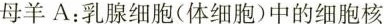
母羊A：乳腺细胞(体细胞)中的细胞核